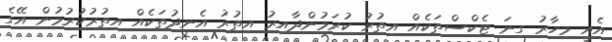
އެއީ މިހާރު ގިނަ ޓެކްސްތަކެއް އިތުރު ކުރަމުންދާއިރު އިތުރު އެނދުތަކެއް އިތުރުކުރުމުން އޭގެ